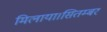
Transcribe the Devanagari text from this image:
मिलाया।सितम्बर